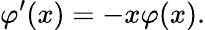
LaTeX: \varphi^{\prime}(x)=-x\varphi(x).